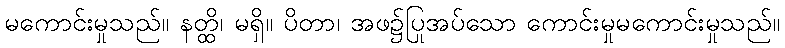
မကောင်းမှုသည်။ နတ္ထိ၊ မရှိ။ ပိတာ၊ အဖ၌ပြုအပ်သော ကောင်းမှုမကောင်းမှုသည်။